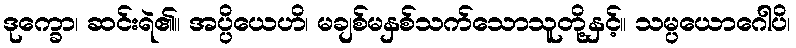
ဒုက္ခော၊ ဆင်းရဲ၏။ အပ္ပိယေဟိ၊ မချစ်မနှစ်သက်သောသူတို့နှင့်။ သမ္ပယောဂေါပိ၊